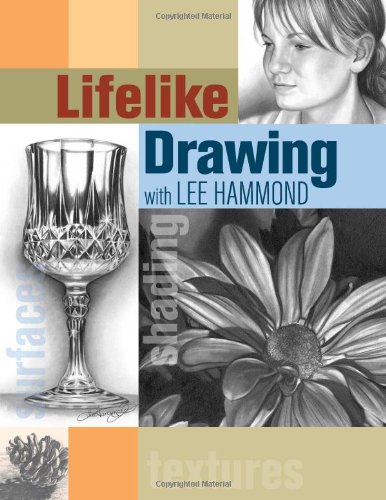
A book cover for Lifelike Drawing with Lee Hammond; Lee Hammond; Arts & Photography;